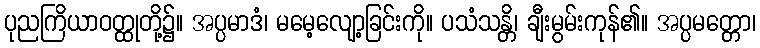
ပုညကြိယာဝတ္ထုတို့၌။ အပ္ပမာဒံ၊ မမေ့လျော့ခြင်းကို။ ပသံသန္တိ၊ ချီးမွမ်းကုန်၏။ အပ္ပမတ္တော၊